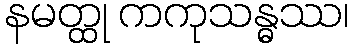
နမတ္ထု ကကုသန္ဓဿ၊